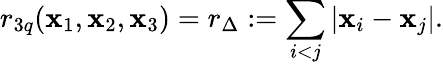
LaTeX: r_{3q}({\mathbf x_{1}},{\mathbf x_{2}},{\mathbf x_{3}})=r_{\Delta}:=\sum_{i<j}|{\mathbf x_{i}}-{\mathbf x_{j}}|.